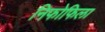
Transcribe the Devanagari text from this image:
निफोफिला